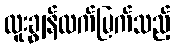
ထူးချွန်ထက်မြက်သည့်